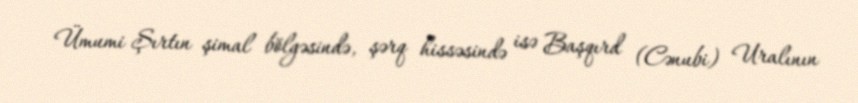
Ümumi Şırtın şimal bölgəsində, şərq hissəsində isə Başqırd (Cənubi) Uralının